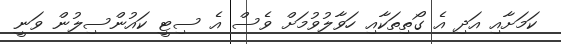
ކަމަށާއި އަދި އެ ގޯތިތަކާއި ހަވާލުވުމަށް ވެސް އެ ސިޓީ ކައުންސިލުން ވަނީ